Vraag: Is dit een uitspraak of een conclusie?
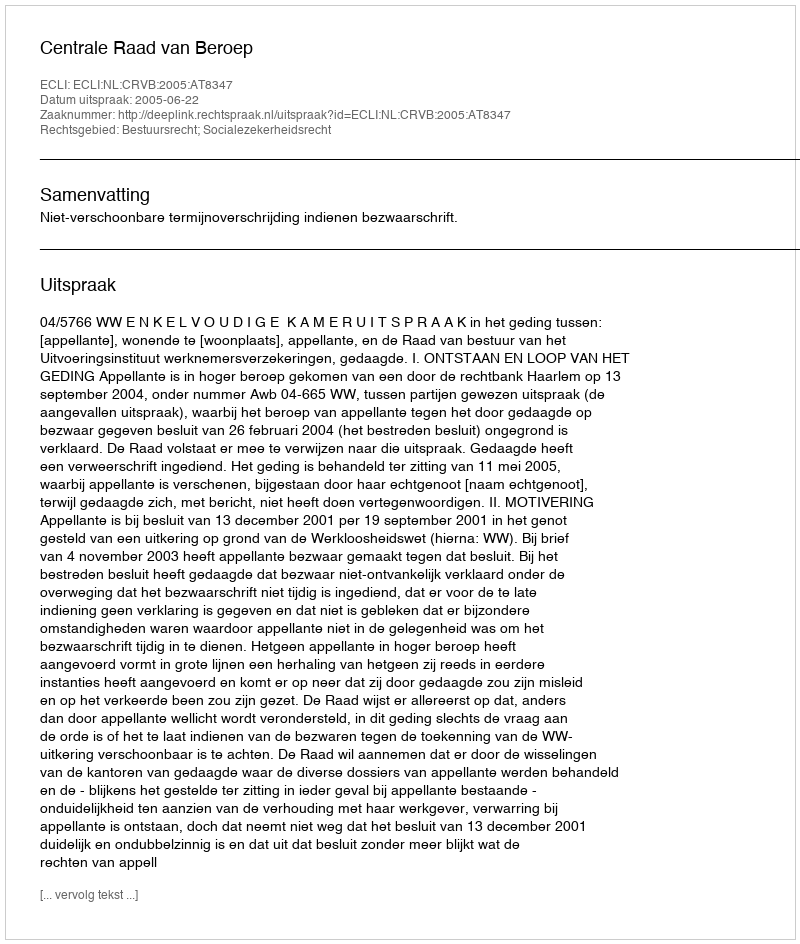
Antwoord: Uitspraak